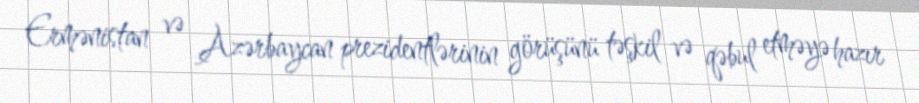
Ermənistan və Azərbaycan prezidentlərinin görüşünü təşkil və qəbul etməyə hazır